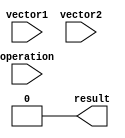
module comparator (
    input [63:0] vector1,
    input [63:0] vector2,
    input [1:0] operation,
    output result
);

wire [63:0] equal_outputs, greater_than_outputs, less_than_outputs;

assign equal_outputs = vector1 == vector2;
assign greater_than_outputs = vector1 > vector2;
assign less_than_outputs = vector1 < vector2;

assign result = (operation == 2'b00) ? equal_outputs[63] :
                (operation == 2'b01) ? greater_than_outputs[63] :
                (operation == 2'b10) ? less_than_outputs[63] : 1'b0;

endmodule